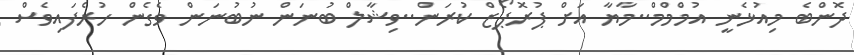
ދޮންބެ މިއުޅެނީ އުމްމްމް..މާޔާ އަށް ޕުރޮޕޯޒް ކުރަން..ވިޝާލް ބުނަން ނުބުނަން ވެގެން ހުރެފައިވެސް